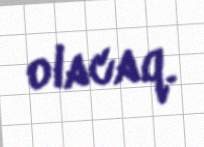
olacaq.